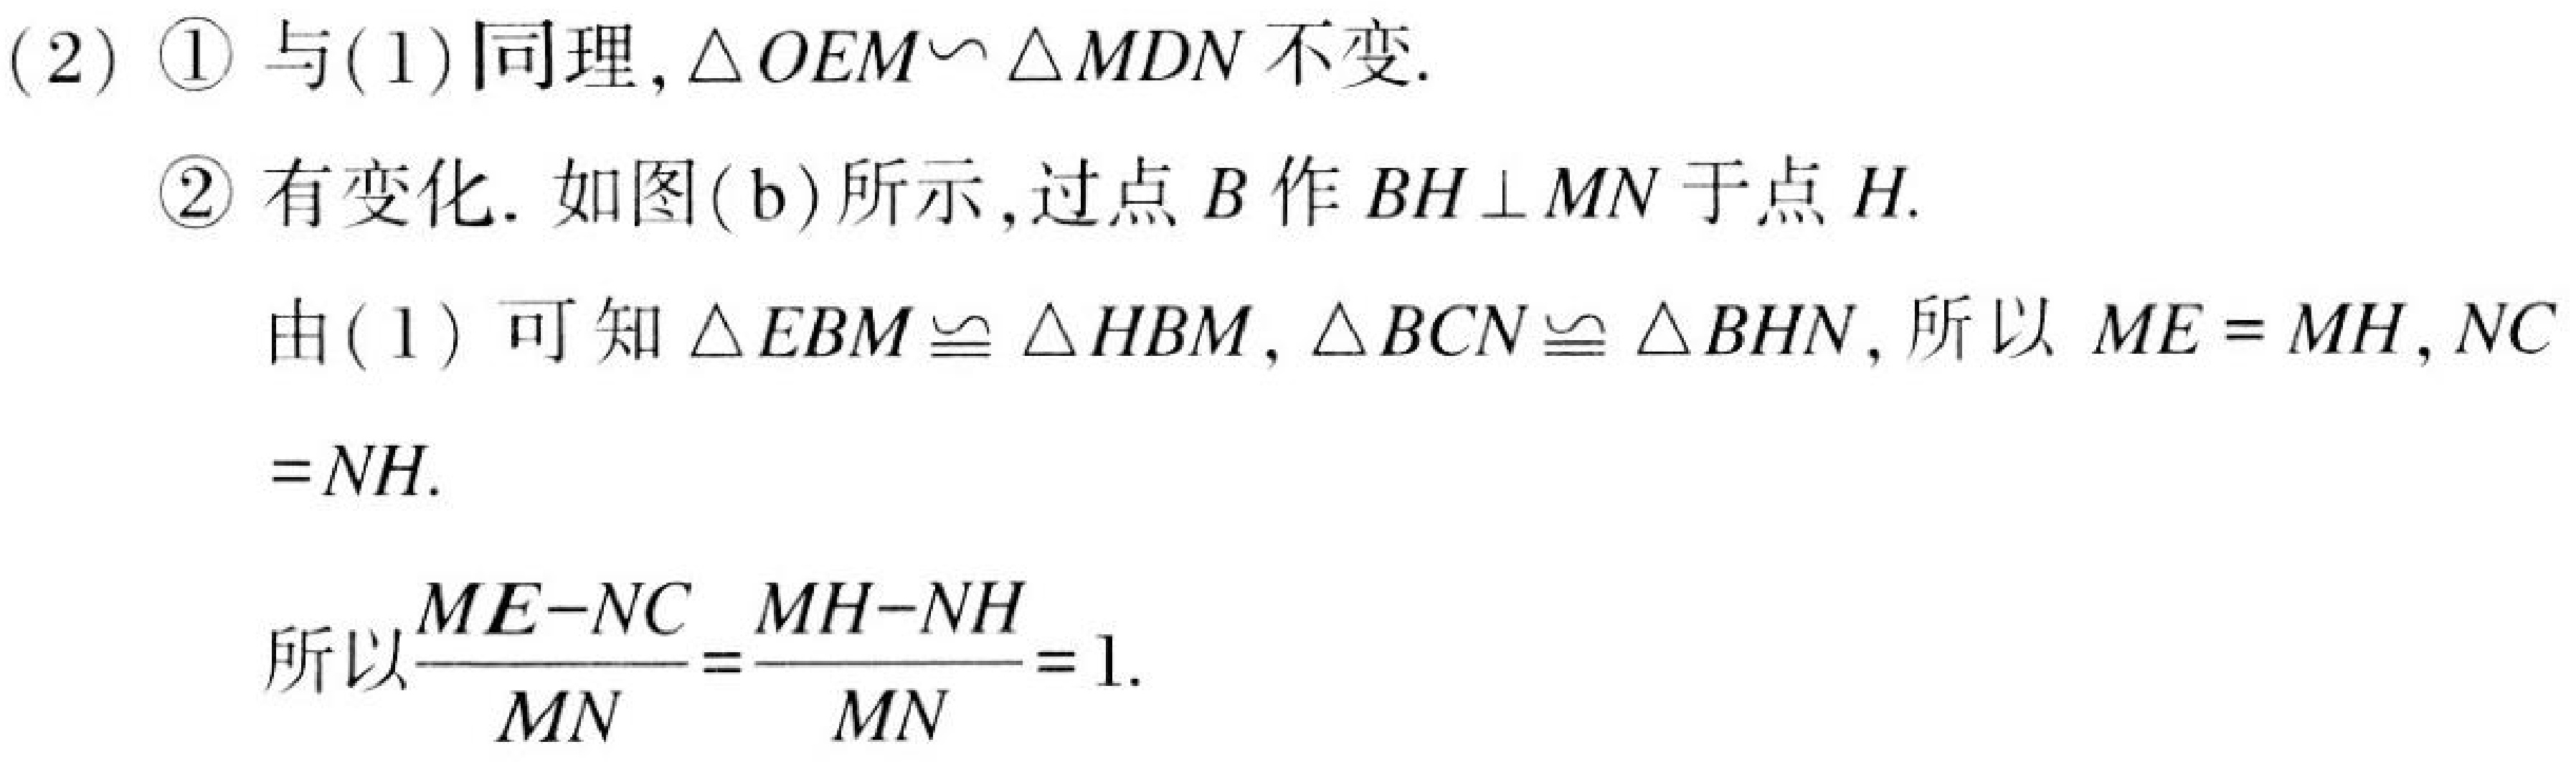
(2) \textcircled{1} 与(1)同理,\(\triangle OEM\sim\triangle MDN\)不变.
\textcircled{2} 有变化. 如图(\text{b})所示,过点 \(B\) 作 \(BH\perp MN\) 于点 \(H\).
由(1) 可知 \(\triangle EBM\cong\triangle HBM\), \(\triangle BCN\cong\triangle BHN\), 所以 \(ME = MH\), \(NC\)
\(=NH\).
所以\(\dfrac{ME - NC}{MN}=\dfrac{MH - NH}{MN}=1\).